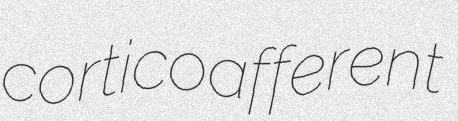
corticoafferent